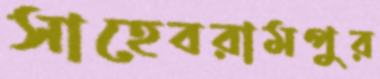
সাহেবরামপুর